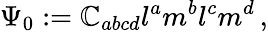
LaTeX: \Psi_{0}:=\mathbb{C}_{abcd}l^{a}m^{b}l^{c}m^{d}\, ,